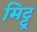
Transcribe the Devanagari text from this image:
मिट्टू